38_143685_box7_Incident_Summaries_1-100
Agency: Department of War
Page 61
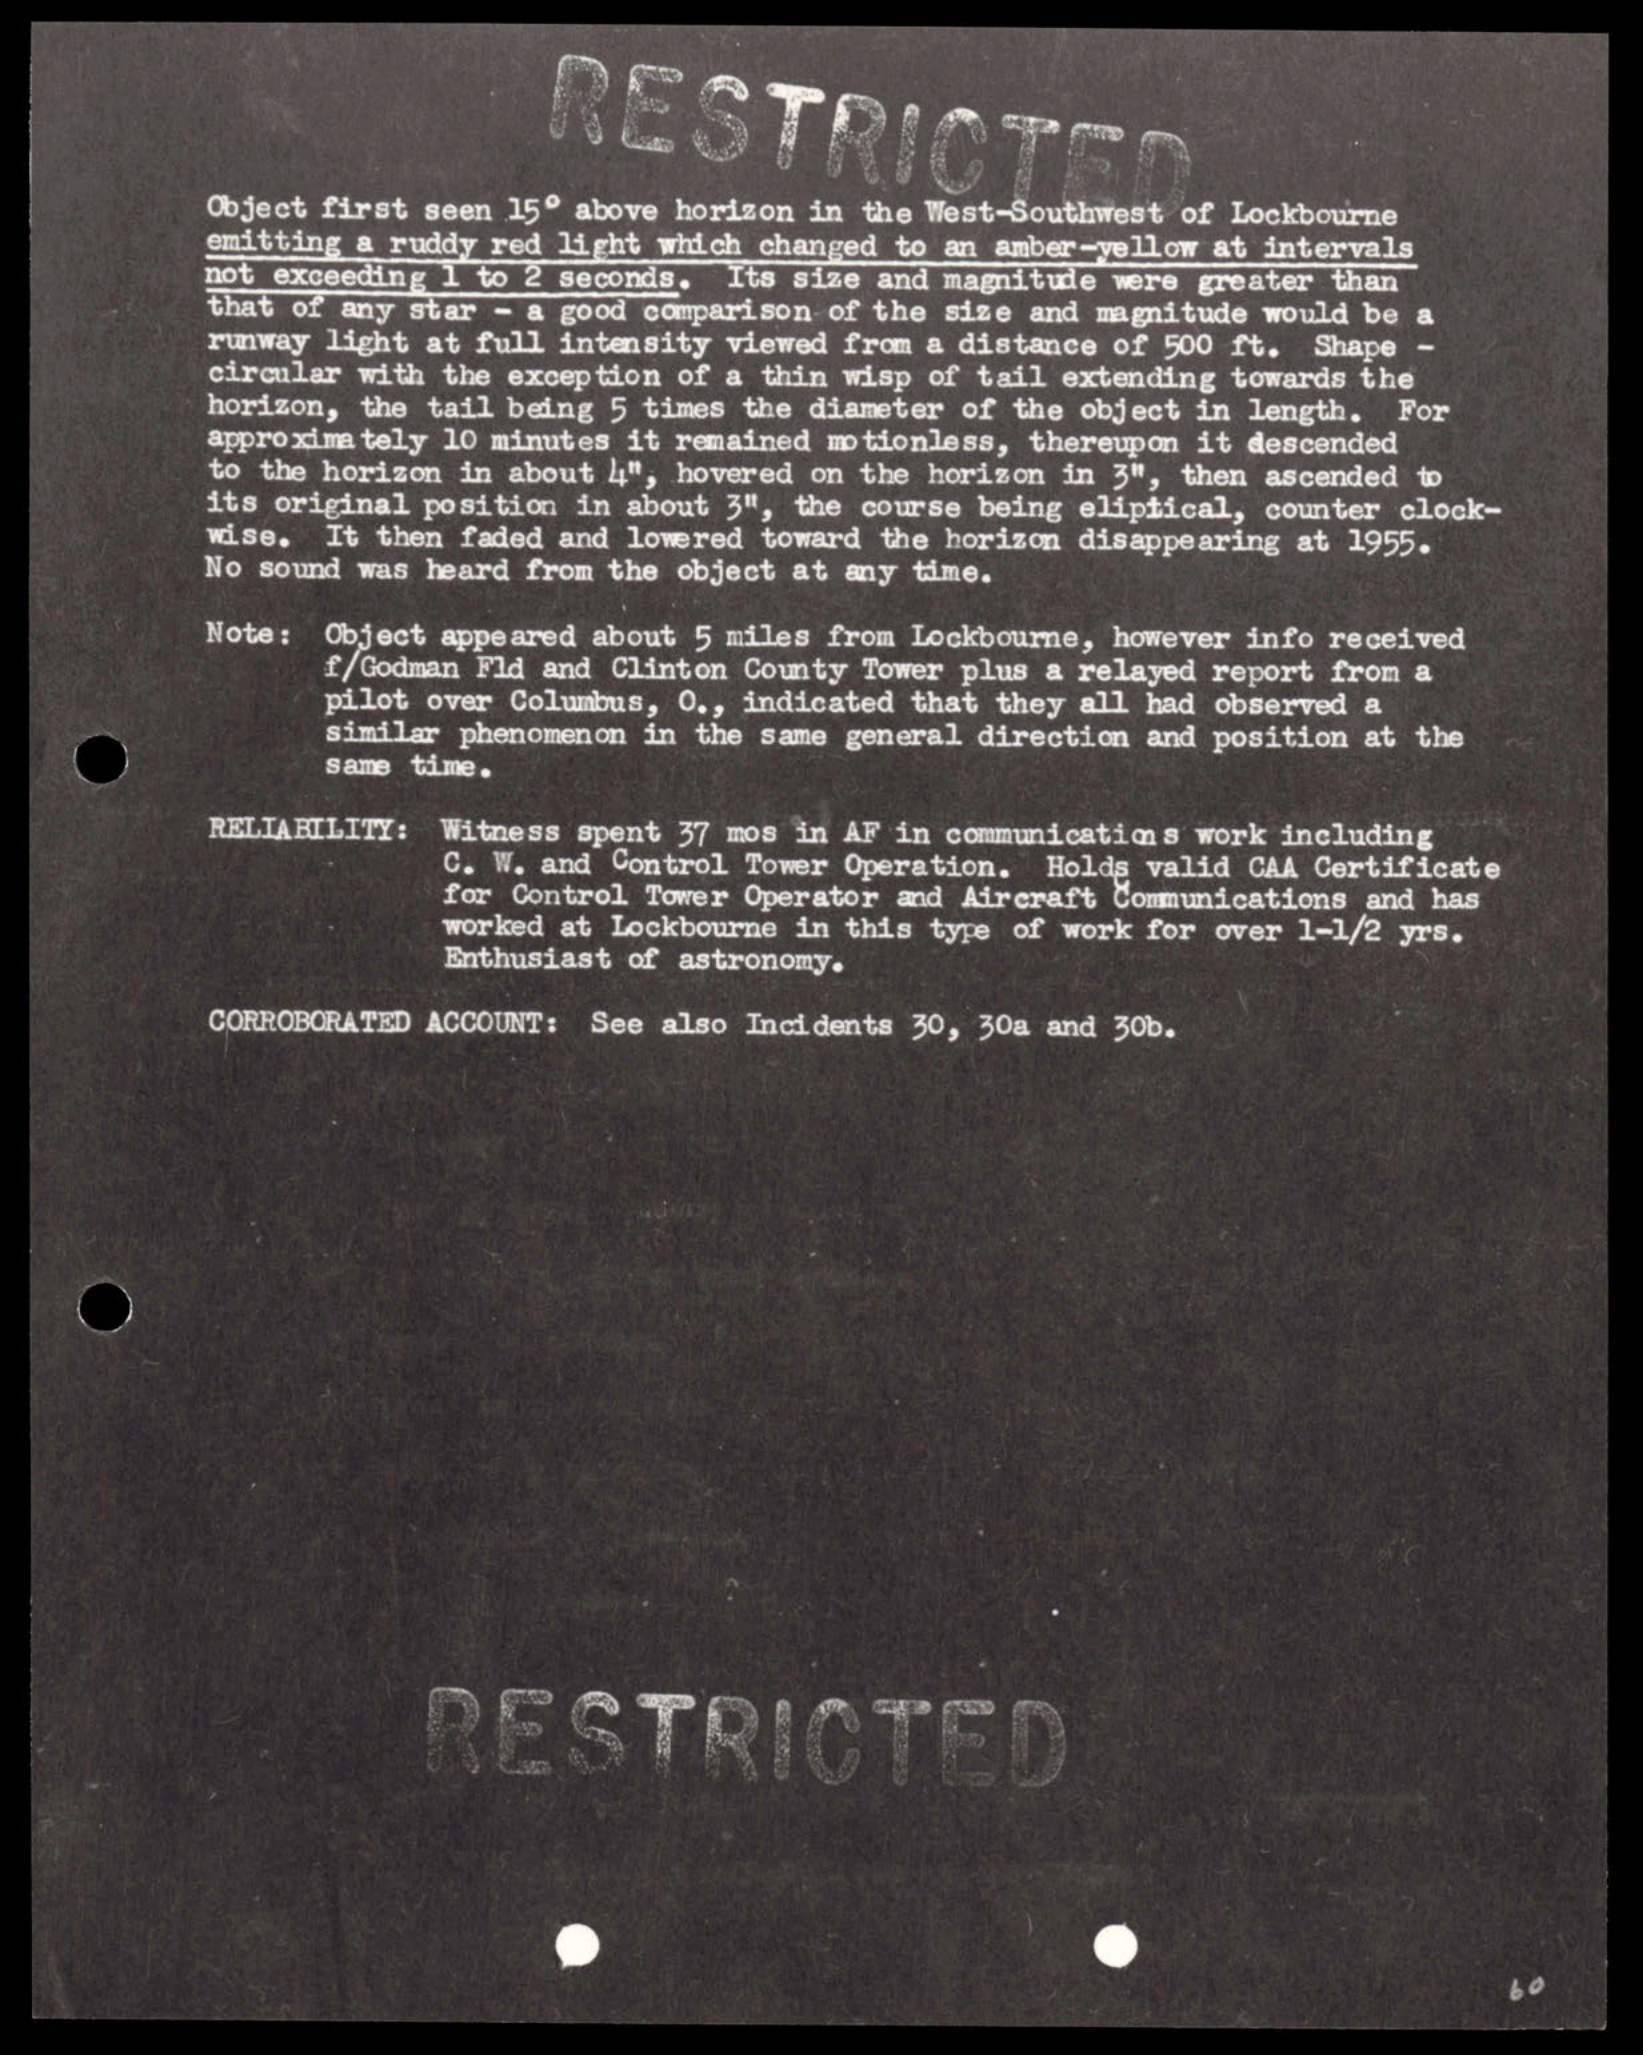